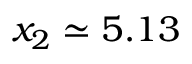
x _ { 2 } \simeq 5 . 1 3